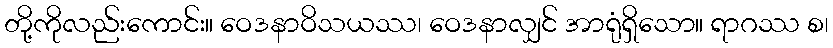
တို့ကိုလည်းကောင်း။ ဝေဒနာဝိသယဿ၊ ဝေဒနာလျှင် အာရုံရှိသော။ ရာဂဿ စ၊